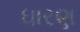
ઘારણ